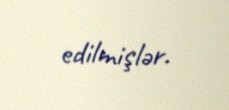
edilmişlər.